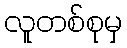
လူတစ်စုမှ